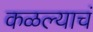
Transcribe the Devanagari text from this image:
कळल्याचं